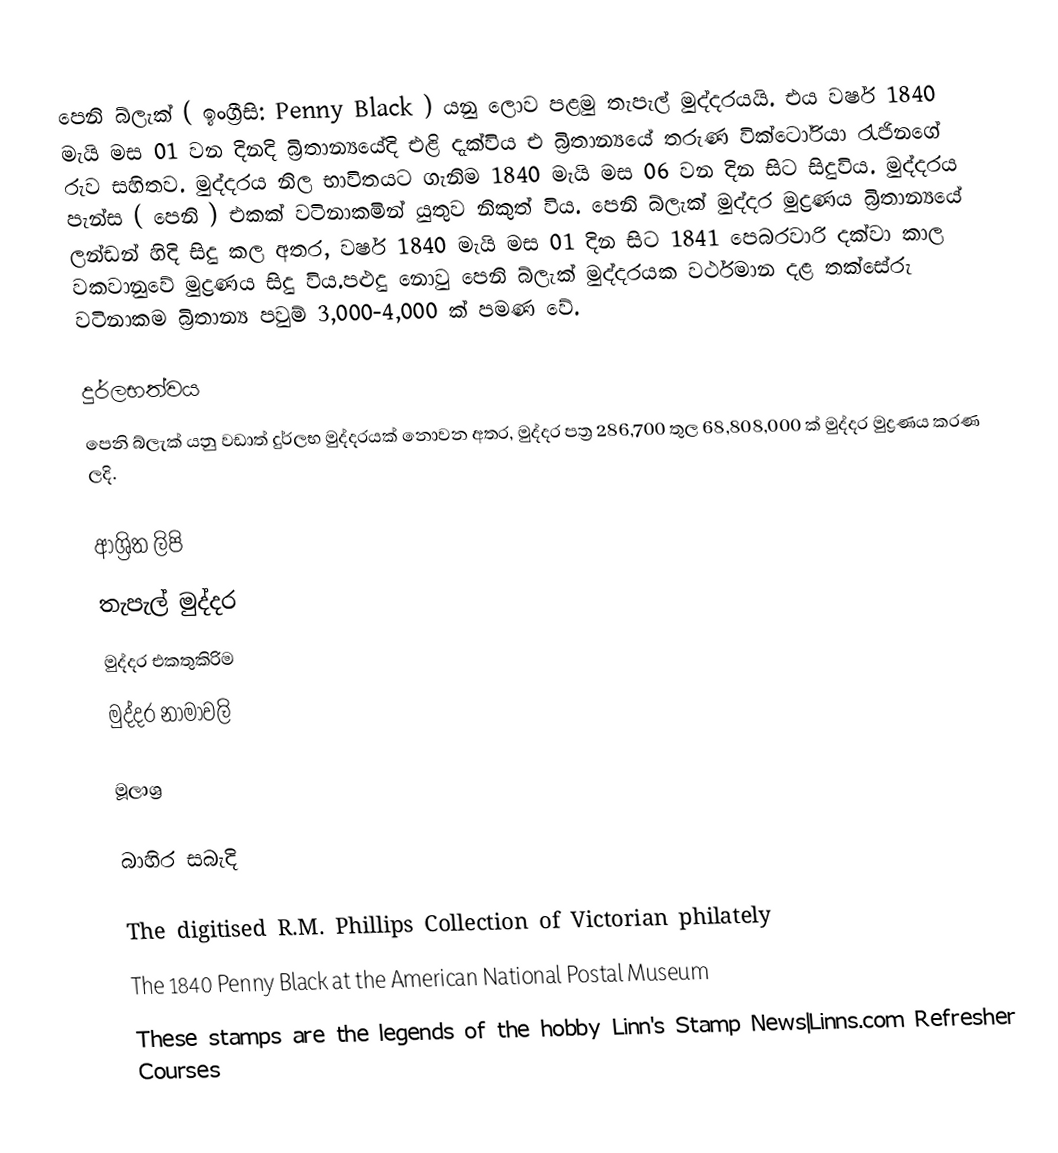
පෙනි බ්ලැක් ( ඉංග්‍රීසි: Penny Black ) යනු ලොව පළමු තැපැල් මුද්දරයයි. එය වර්ෂ 1840 මැයි මස 01 වන දිනදි බ්‍රිතාන්‍යයේදි එළි දැක්විය එ බ්‍රිතාන්‍යයේ තරුණ වික්ටෝරියා රැජිනගේ රුව සහිතව. මුද්දරය නිල භාවිතයට ගැනිම 1840 මැයි මස 06 වන දින සිට සිදුවිය.  මුද්දරය පැන්ස ( පෙනි ) එකක් වටිනාකමින් යුතුව නිකුත් විය. පෙනි බ්ලැක් මුද්දර මුද්‍රණය බ්‍රිතාන්‍යයේ ලන්ඩන් හිදි සිදු කල අතර, වර්ෂ 1840 මැයි මස 01 දින සිට 1841 පෙබරවාරි දක්වා කාල වකවානුවේ මුද්‍රණය සිදු විය.පළුදු නොවු පෙනි බ්ලැක් මුද්දරයක වර්ථමාන දළ තක්සේරු වටිනාකම බ්‍රිතාන්‍ය පවුම් 3,000-4,000 ක් පමණ වේ.

දුර්ලභත්වය
පෙනි බ්ලැක් යනු වඩාත් දුර්ලභ මුද්දරයක් නොවන අතර, මුද්දර පත්‍ර 286,700 තුල 68,808,000 ක් මුද්දර මුද්‍රණය කරණ ලදි.

ආශ්‍රිත ලිපි
තැපැල් මුද්දර
මුද්දර එකතුකිරිම
මුද්දර නාමාවලි

මූලාශ්‍ර

බාහිර සබැදි

 The digitised R.M. Phillips Collection of Victorian philately
 The 1840 Penny Black at the American National Postal Museum
 These stamps are the legends of the hobby Linn's Stamp News|Linns.com Refresher Courses